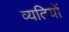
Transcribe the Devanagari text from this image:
व्यतियों